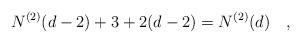
LaTeX: \begin{align*}N^{(2)}(d-2) + 3 +2(d-2)=N^{(2)}(d)~~~,\end{align*}